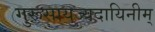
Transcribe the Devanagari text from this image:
गुरूसायुज्यदायिनीम्